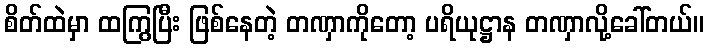
စိတ်ထဲမှာ ထကြွပြီး ဖြစ်နေတဲ့ တဏှာကိုတော့ ပရိယုဋ္ဌာန တဏှာလို့ခေါ်တယ်။